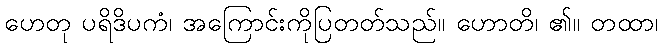
ဟေတု ပရိဒိပကံ၊ အကြောင်းကိုပြတတ်သည်။ ဟောတိ၊ ၏။ တထာ၊